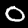
Label: 0